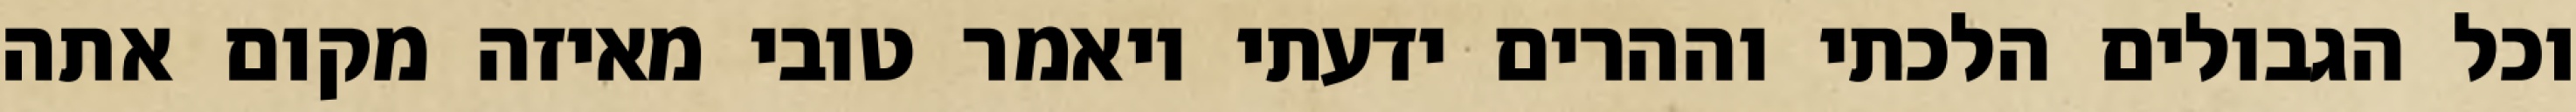
וכל הגבולים הלכתי וההרים ידעתי ויאמר טובי מאיזה מקום אתה